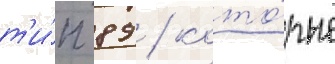
т'и́п 89 / кото́рые